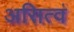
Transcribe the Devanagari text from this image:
असित्वं